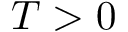
T > 0